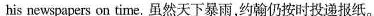
his newspapers ou time.虽然天下暴雨,约翰仍按时投递报纸。